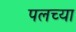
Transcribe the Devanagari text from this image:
पलच्या